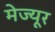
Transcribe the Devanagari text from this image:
मेज्यूर